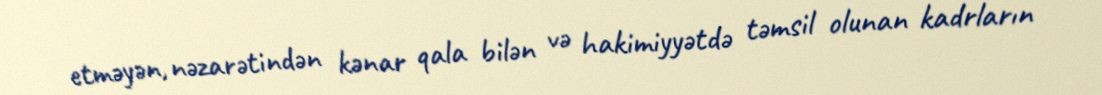
etməyən, nəzarətindən kənar qala bilən və hakimiyyətdə təmsil olunan kadrların